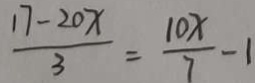
\frac { 1 7 - 2 0 x } { 3 } = \frac { 1 0 x } { 7 } - 1